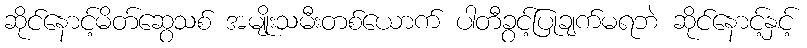
ဆိုင်နောင့်မိတ်ဆွေသစ် အမျိုးသမီးတစ်ယောက် ပါတီခွင့်ပြုချက်မရဘဲ ဆိုင်နောင့်နှင့်